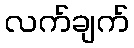
လက်ချက်